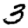
Digit: 3